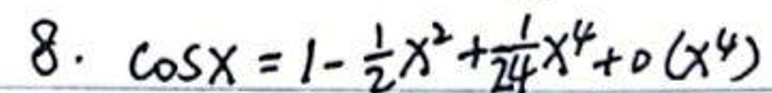
8. \(\cos x = 1 - \frac{1}{2}x^{2} + \frac{1}{24}x^{4} + o(x^{4})\)